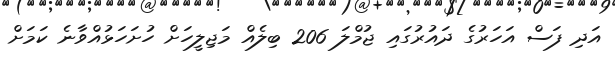
އަދި ފަސް އަހަރުގެ ދައުރުގައި ޖުމްލަ 206 ބިލެއް މަޖިލީހަށް ހުށަހަޅުއްވާނެ ކަމަށް